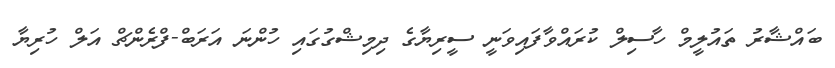
ބައްޝާރު ތައުލީމް ހާސިލް ކުރައްވާފައިވަނީ ސީރިޔާގެ ދިމިޝްގުގައި ހުންނަ އަރަބް-ފްރެންޗް އަލް ހުރިޔާ